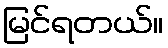
မြင်ရတယ်။